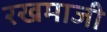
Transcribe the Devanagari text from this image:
रखमाजी